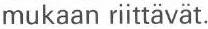
mukaan riittävät.